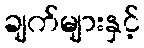
ချက်များနှင့်